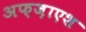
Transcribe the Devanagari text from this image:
अफ़ज़ाएश